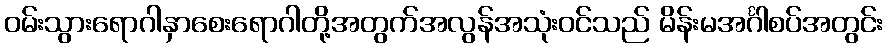
ဝမ်းသွားရောဂါနှာစေးရောဂါတို့အတွက်အလွန်အသုံးဝင်သည် မိန်းမအင်္ဂါစပ်အတွင်း